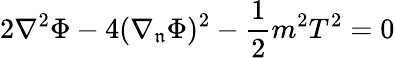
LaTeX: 2\nabla^{2}\Phi-4(\nabla_{\mathfrak{n}}\Phi)^{2}-\frac{{1}}{{2}}m^{2}T^{2}=0